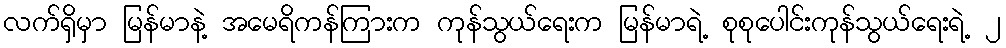
လက်ရှိမှာ မြန်မာနဲ့ အမေရိကန်ကြားက ကုန်သွယ်ရေးက မြန်မာရဲ့ စုစုပေါင်းကုန်သွယ်ရေးရဲ့ ၂